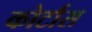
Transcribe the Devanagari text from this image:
कोर्टास